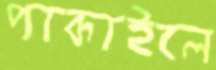
পাকাইলে